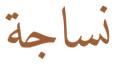
نساجة